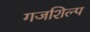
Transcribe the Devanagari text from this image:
गजशिल्प